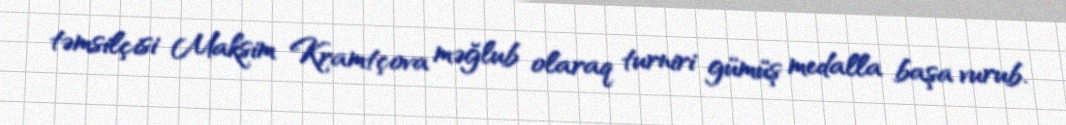
təmsilçisi Maksim Kramtçova məğlub olaraq turniri gümüş medalla başa vurub.